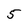
Character: 5